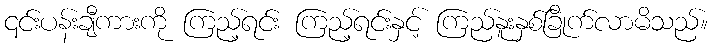
၎င်းပန်းချီကားကို ကြည့်ရင်း ကြည့်ရင်းနှင့် ကြည်နူးနှစ်ခြိုက်လာမိသည်။